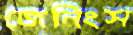
জেনিংস